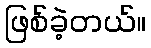
ဖြစ်ခဲ့တယ်။